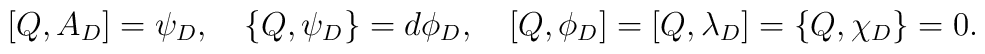
[Q,A_D]=\psi_D,\quad \{Q, \psi_D\}=d\phi_D,\quad [Q,\phi_D]=[Q,\lambda_D]=\{Q,\chi_D\}=0.